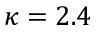
\kappa = 2 . 4